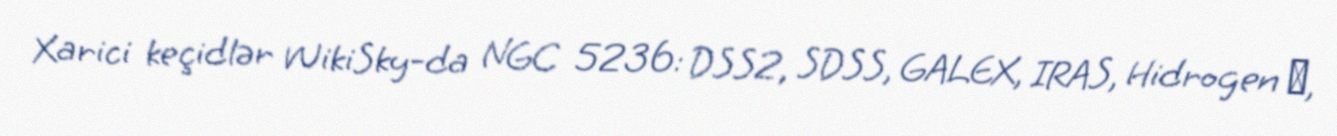
Xarici keçidlər WikiSky-da NGC 5236: DSS2, SDSS, GALEX, IRAS, Hidrogen α,